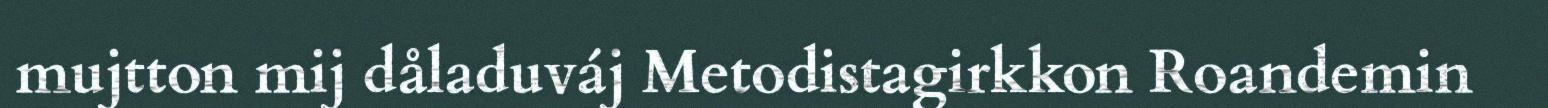
mujtton mij dåladuváj Metodistagirkkon Roandemin